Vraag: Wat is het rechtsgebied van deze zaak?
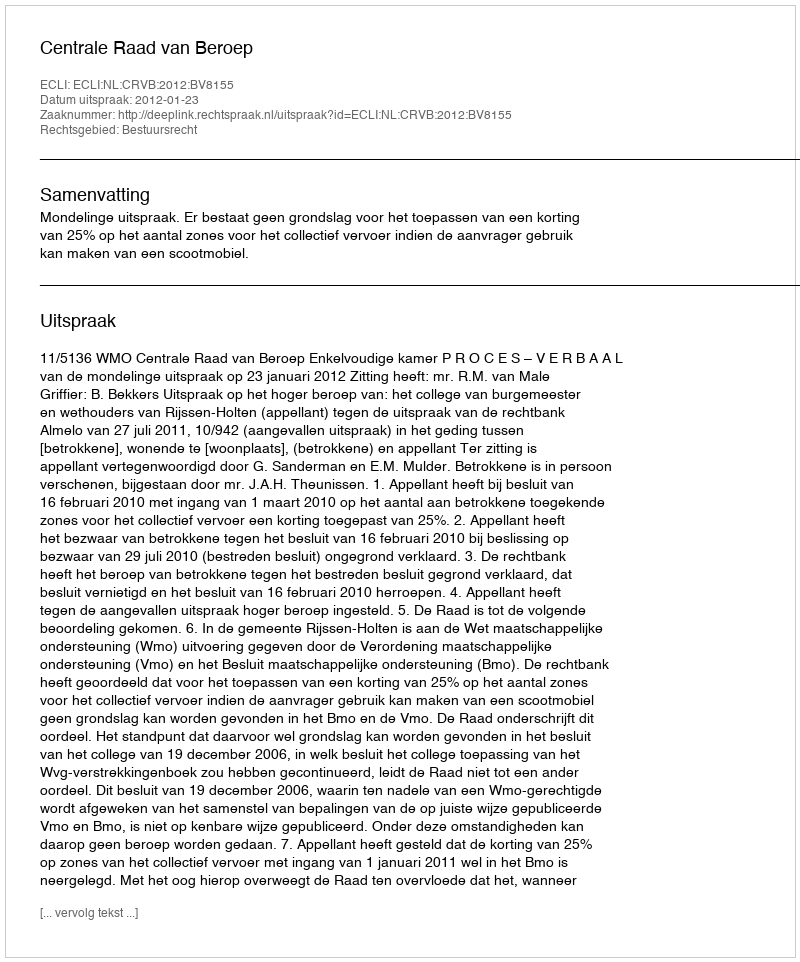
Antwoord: Bestuursrecht